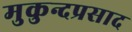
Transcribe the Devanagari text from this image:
मुकुन्दप्रसाद